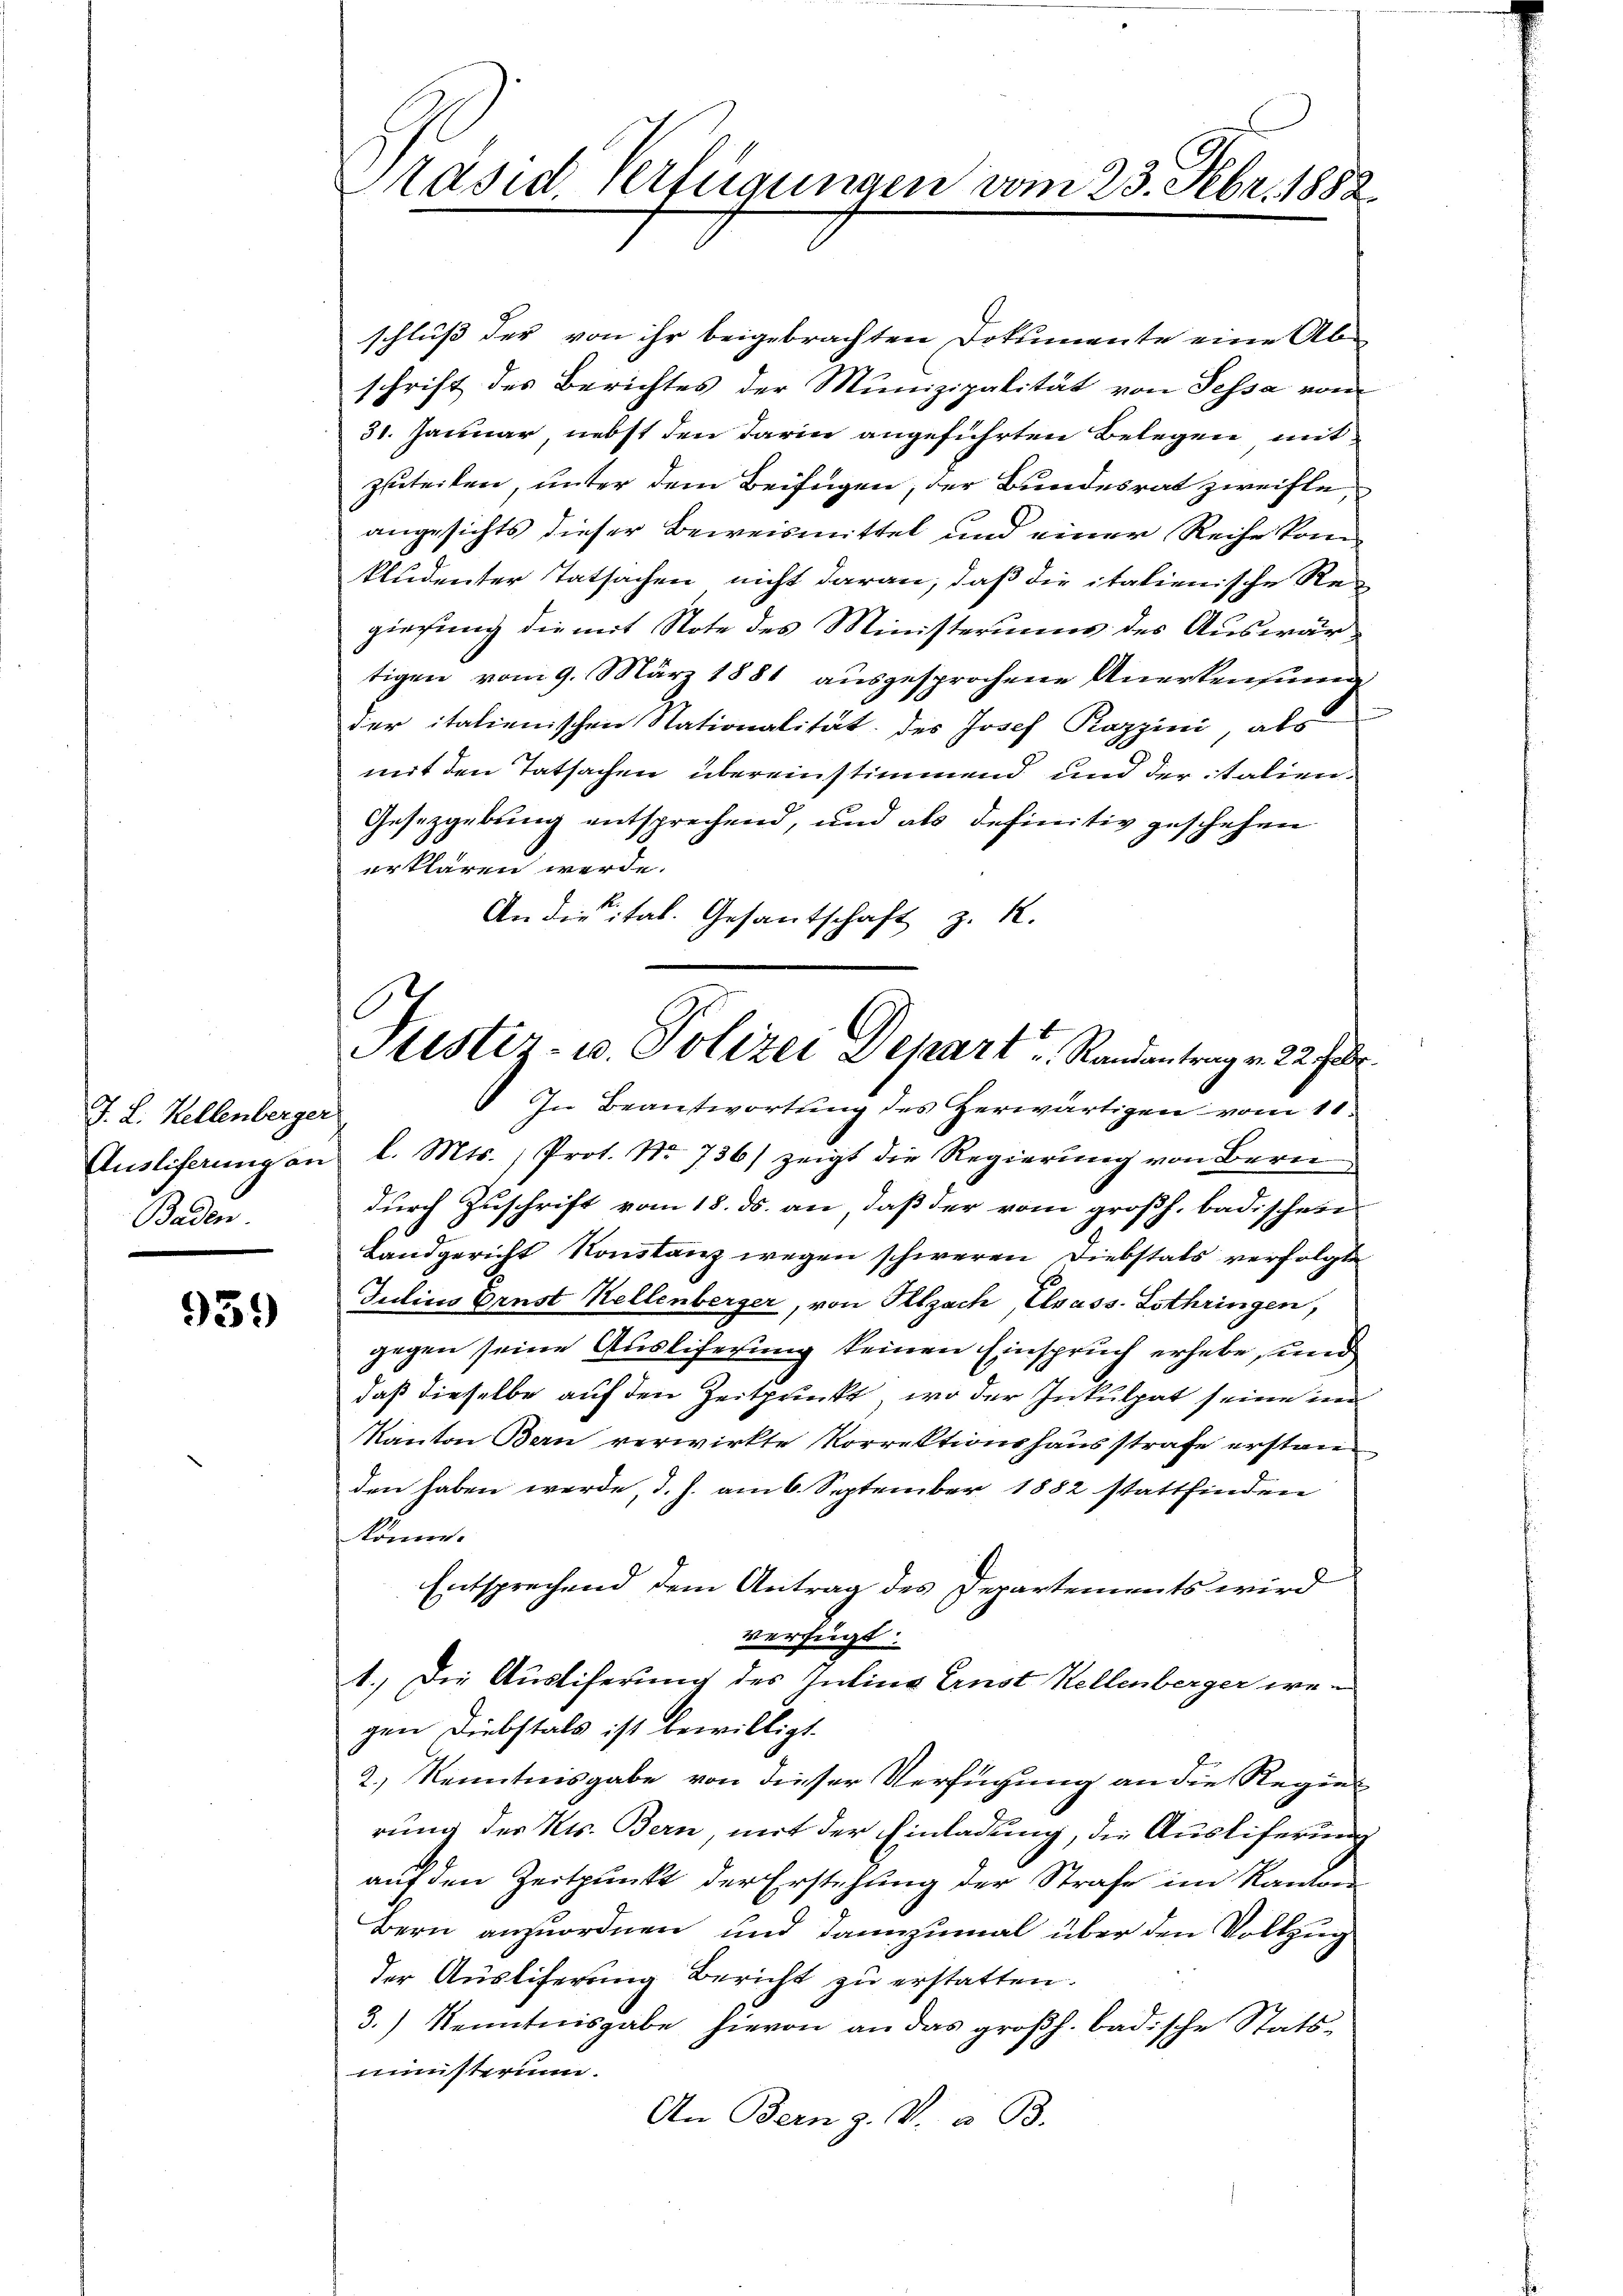
J. L. Kellenberger
Baden

939)

Präsid. Verfügungen vom 23. Febr. 1882.

schluß der von ihr beigebrachten Dokumente eine Ab-
schrift des Berichtes der Munizipalität von Tessa vom
31. Januar, nebst den darin angeführten Belegen mit
zuteilen, unter dem Beifügen, der Bundesrat zweifle,
angesichts dieser Beweismittel und einer Reihe kom
Studenter Tatsachen nicht daran, daß die italienische Re-
giesung die mit Note des Ministeriums des Auswärtigen vom 9. März 1881 ausgesprochene Anerkennung
der italienischen Stationalität des Josef Razzini, als
mit den Tatsachen übereinstimmend und der italien¬
Gesetzgebung entsprechend, und als definitiv geschehen
erklären werde.
An die ital. Gesantschaft z. R.

Puster- u. Polizei Depart Randantrag v. 22. J

In Beantwortung des herwärtigen vom 11.
Ausliferŭng an l. Mts. ) Prot. No. 736) zeigt die Regierung von Bern
durch Zuschrift vom 18. ds. an, daß der vom großh. badischen
Landgericht Konstanz wegen schweren Diebstals verfolgte
Julius Ernst Kellenberger, von Illzach, Elsass. Lothringen,
gegen seine Ausliferung keinen Einspruch erhebe, und
daß dieselbe auf den Zeitprückt, wo der Inkulpat seine in
Kanton Bern verwirkte Korrektionshausstrafe erstand
den haben werde, d. h. am 6. September 1882 stattfinden
könne.
Entsprechend dem Antrag des Departements wird
verfügt:
1.) Die Ausliferung des Juling Ernst Kellenberger wegen Diebstals ist bewilligt.
2.) Kenntnisgabe von dieser Verfügung an die Regierung des Kts. Bern, mit der Einladung, die Ausliferung
auf den Zeitpunkt der Erstehung der Strafe im Kanton
Bern anzuordnen und dannzumal über den Vollzug
der Ausliferung Bericht zu erstatten.
3.) Kenntnisgabe hievon an das großh. badische Stats-
ministerium.
An Bern g. V. u. B.